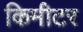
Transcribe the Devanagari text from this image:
किमीटर